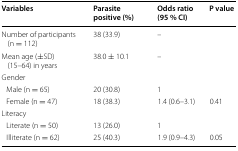
<table><thead><tr><td><b>Variables</b></td><td><b>Parasite positive (%)</b></td><td><b>Odds ratio (95 % CI)</b></td><td><b>P value</b></td></tr></thead><tbody><tr><td>Number of participants (n = 112)</td><td>38 (33.9)</td><td>–</td><td></td></tr><tr><td>Mean age (±SD) (15–64) in years</td><td>38.0 ± 10.1</td><td>–</td><td></td></tr><tr><td colspan="4">Gender</td></tr><tr><td> Male (n = 65)</td><td>20 (30.8)</td><td>1</td><td></td></tr><tr><td> Female (n = 47)</td><td>18 (38.3)</td><td>1.4 (0.6–3.1)</td><td>0.41</td></tr><tr><td colspan="4">Literacy</td></tr><tr><td> Literate (n = 50)</td><td>13 (26.0)</td><td>1</td><td></td></tr><tr><td> Illiterate (n = 62)</td><td>25 (40.3)</td><td>1.9 (0.9–4.3)</td><td>0.05</td></tr></tbody></table>